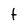
Character: t